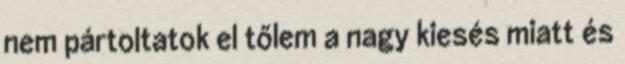
nem pártoltatok el tőlem a nagy kiesés miatt és